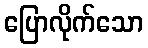
ပြောလိုက်သော